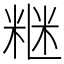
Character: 𥺇